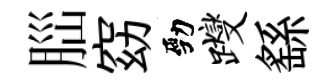
𦛁窈勁躞繇